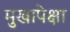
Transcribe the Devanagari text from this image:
मुखापेक्षा